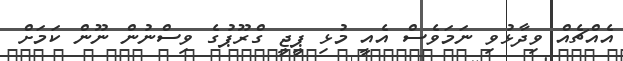
އެއްޗެއް ވިދާޅުވި ނަމަވެސް އެއީ މުޅި ޕީޖީ ގްރޫޕުގެ ވިސްނުން ނޫން ކަމަށް